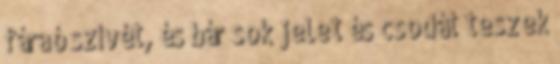
fáraó szívét, és bár sok jelet és csodát teszek